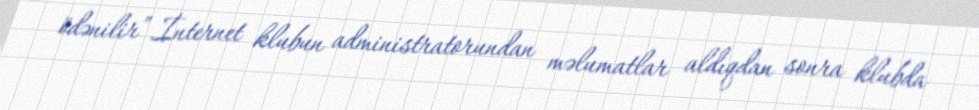
ödənilir”.İnternet klubun administratorundan məlumatlar aldıqdan sonra klubda